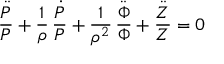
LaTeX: { \frac { \ddot { P } } { P } } + { \frac { 1 } { \rho } } \, { \frac { \dot { P } } { P } } + { \frac { 1 } { \rho ^ { 2 } } } \, { \frac { \ddot { \Phi } } { \Phi } } + { \frac { \ddot { Z } } { Z } } = 0